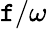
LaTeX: \mathtt{f}/\omega